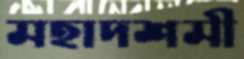
মহাদশমী